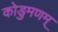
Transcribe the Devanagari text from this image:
कोडुमणम्